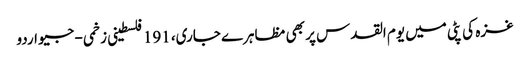
غزہ کی پٹی میں یوم القدس پر بھی مظاہرے جاری، 191 فلسطینی زخمی - جیو اردو